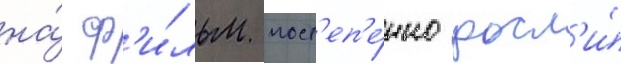
на́ ф'и́льм пост'еп'е́нно росл'и́